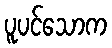
ပူပင်သောက